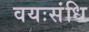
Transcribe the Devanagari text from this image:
वयःसंधि